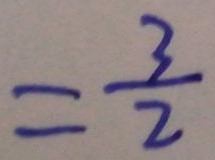
= \frac { 3 } { 2 }